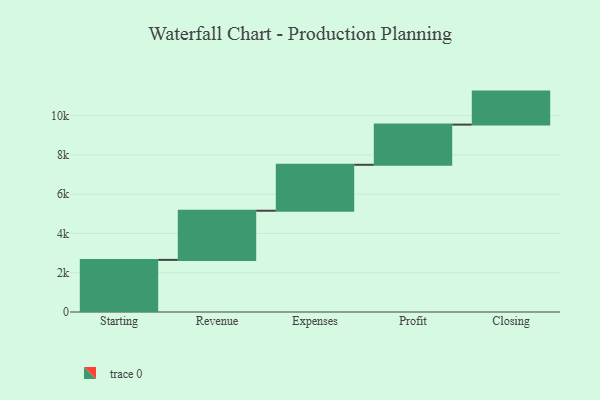
{"axis": {"x": "Step", "y": "Value"}, "legend": [""], "data": [{"x": "Starting", "y": 2654.0, "type": ""}, {"x": "Revenue", "y": 2503.0, "type": ""}, {"x": "Expenses", "y": 2340.0, "type": ""}, {"x": "Profit", "y": 2046.0, "type": ""}, {"x": "Closing", "y": 1681.0, "type": ""}]}